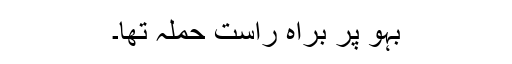
بہو پر براہِ راست حملہ تھا۔